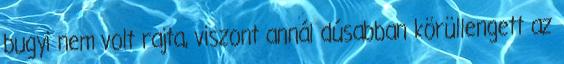
bugyi nem volt rajta, viszont annál dúsabban körüllengett az